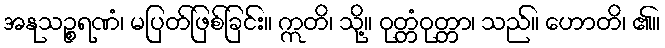
အနုသဉ္စရဏံ၊ မပြတ်ဖြစ်ခြင်း။ ဣတိ၊ သို့။ ဝုတ္တံဝုတ္တာ၊ သည်။ ဟောတိ၊ ၏။